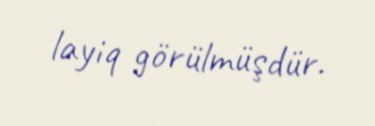
layiq görülmüşdür.